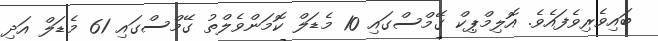
ބައިވެރިވެފައެވެ. އޮލިމްޕިކް ގޭމްސްގައި 10 މެޑަލް ކޮމަންވެލްތު ގޭމްސްގައި 61 މެޑަލް އަދި